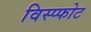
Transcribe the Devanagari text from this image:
विस्प्फोट